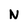
Character: N